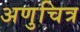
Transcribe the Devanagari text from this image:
अणुचित्र